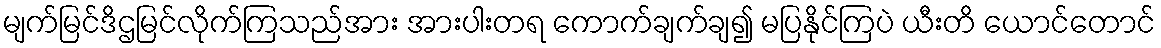
မျက်မြင်ဒိဌမြင်လိုက်ကြသည်အား အားပါးတရ ကောက်ချက်ချ၍ မပြနိုင်ကြပဲ ယီးတိ ယောင်တောင်